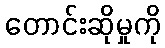
တောင်းဆိုမှုကို